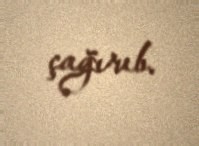
çağırıb.